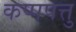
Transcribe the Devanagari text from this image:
कप्पपत्तु